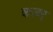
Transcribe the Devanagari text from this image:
कज़र्